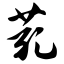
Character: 芤